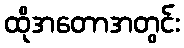
ထိုအတောအတွင်း